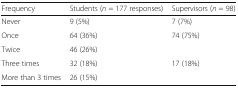
| Frequency | Students (n = 177 responses) | Supervisors (n = 98) |
 | --- | --- | --- |
 | Never | 9 (5%) | 7 (7%) |
 | Once | 64 (36%) | <ROWSPAN=2> 74 (75%) |
 | Twice | 46 (26%) |
 | Three times | 32 (18%) | <ROWSPAN=2> 17 (18%) |
 | More than 3 times | 26 (15%) |